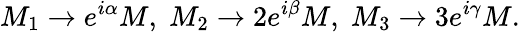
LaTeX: M_{1}\rightarrow e^{i\alpha}M,\; M_{2}\rightarrow 2e^{i\beta}M,\; M_{3}\rightarrow 3e^{i\gamma}M.